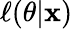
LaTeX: \ell(\theta|\mathbf x)